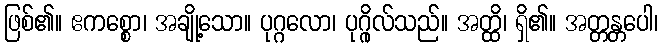
ဖြစ်၏။ ဧကစ္စော၊ အချို့သော။ ပုဂ္ဂလော၊ ပုဂ္ဂိုလ်သည်။ အတ္ထိ၊ ရှိ၏။ အတ္တန္တပေါ၊